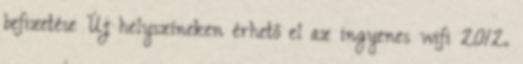
befizetése Új helyszíneken érhető el az ingyenes wifi 2012.